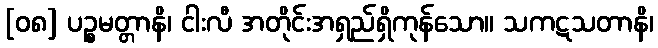
[၀၈] ပဉ္စမတ္တာနိ၊ ငါးလီ အတိုင်းအရှည်ရှိကုန်သော။ သကဋသတာနိ၊